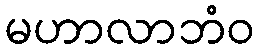
မဟာလာဘံဝ